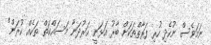
ނަމަވެސް ނުހެދި ހުރި ފަރާތްތަކަށް ބާރު އަޅަނީ ހަރުދަނާ މަސައްކަތް ތަކެއް ކުރަން"